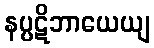
နပ္ပဋိဘာယေယျ